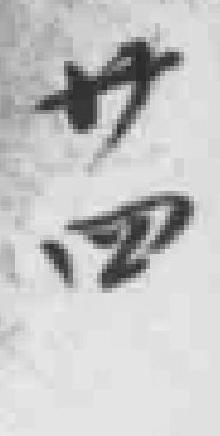
廿四